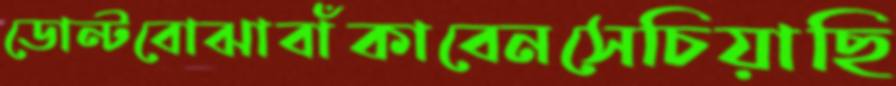
ডোন্টবোঝাবাঁকাবেনসেচিয়াছি